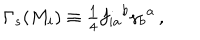
\Gamma _ { s } ( M _ { i } ) \equiv { \textstyle \frac { 1 } { 4 } } f _ { i a } { } ^ { b } \gamma _ { b } { } ^ { a } \, ,